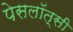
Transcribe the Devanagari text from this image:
पेसलॉत्सी